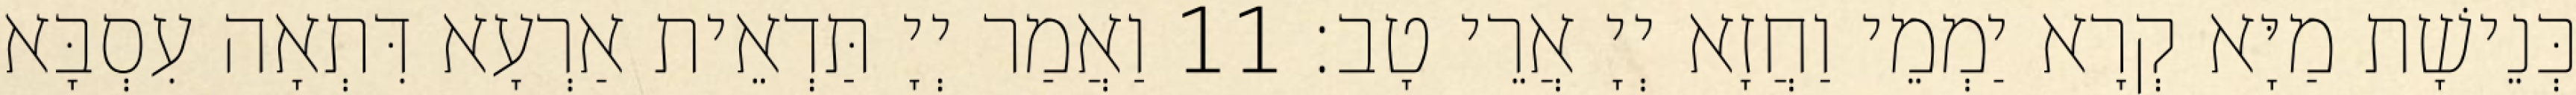
כְּנֵישָׁת מַיָּא קְרָא יַמְמֵי וַחֲזָא יְיָ אֲרֵי טָב׃ 11 וַאֲמַר יְיָ תַּדְאֵית אַרְעָא דִּתְאָה עִסְבָּא